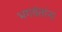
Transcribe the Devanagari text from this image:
भगवंतांना